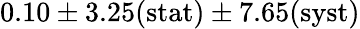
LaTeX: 0.10\pm 3.25(\mathrm{stat})\pm 7.65(\mathrm{syst})